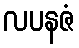
လပနဇံ